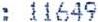
: 11649